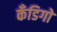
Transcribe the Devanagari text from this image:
कँडिगो